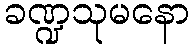
ခဏ္ဍသုမနော